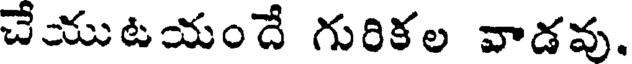
చేయుటయందే గురికల వాడవు.